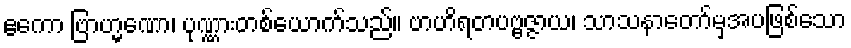
ဧကော ဗြာဟ္မဏော၊ ပုဏ္ဏားတစ်ယောက်သည်။ ဗာဟိရတပဗ္ဗဇ္ဇာယ၊ သာသနာတော်မှအပဖြစ်သော